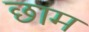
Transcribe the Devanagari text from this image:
छाम